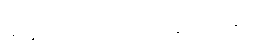
မာနာက တိုးတို ကပ်ပြောသည်။